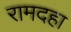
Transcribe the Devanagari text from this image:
रामदहा